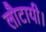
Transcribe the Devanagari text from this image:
लौटायी।